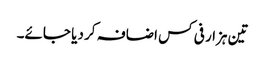
تین ہزار فی کس اضافہ کر دیا جائے۔